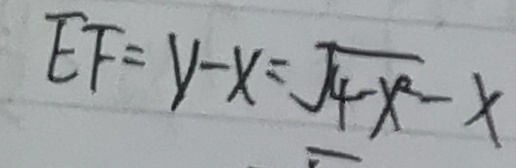
E F = y - x = \sqrt { 4 - x ^ { 2 } } - x